Report of the Indian Hemp Drugs Commission, 1894-1895 - Volume VII
Year: 1894
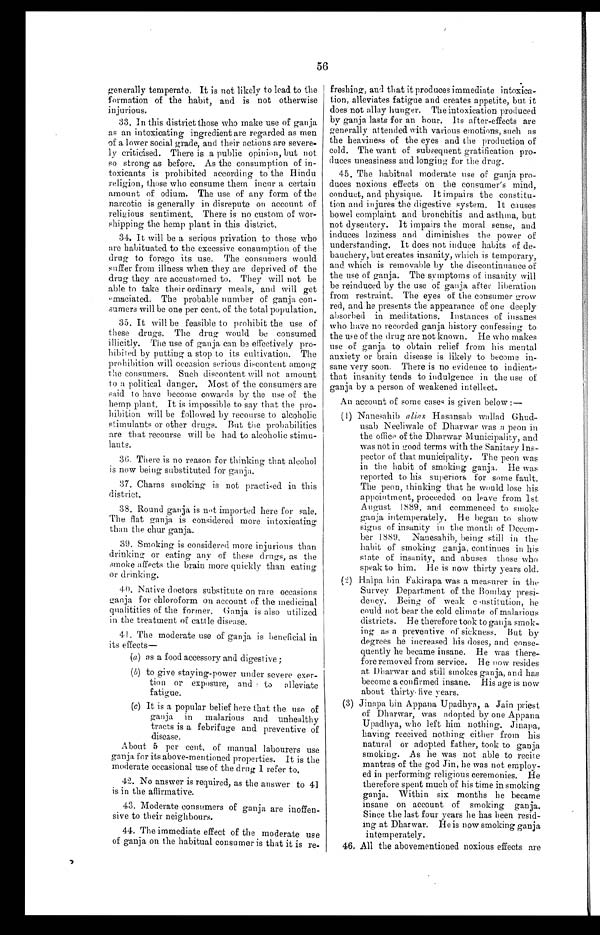
56
generally temperate. It is not likely to lead to the
formation of the habit, and is not otherwise
injurious.
33. In this district those who make use of ganja
as an intoxicating ingredient are regarded as men
of a lower social grade, and their actions are severe
- l y c r i t i c i s e d . T h e r e i s a p u b l i c o p i n i o n , b u t n o t
so strong as before. As the consumption of in
- t o x i c a n t s i s p r o h i b i t e d a c c o r d i n g t o t h e H i n d u
religion, those who consume them incur a certain
amount of odium. The use of any form of the
narcotic is generally in disrepute on account of
religious sentiment. There is no custom of wor
- s h i p p i n g t h e h e m p p l a n t i n t h i s d i s t r i c t .
34. It will be a serious privation to those who
ore habituated to the excessive consumption of the
drug to forego its use. The consumers would
suffer from illness when they are deprived of the
drug they are accustomed to. They will not be
able to take their ordinary meals, and will get
maciated. The probable number of ganja con
- s u m e r s w i l l b e o n e p e r c e n t . o f t h e t o t a l p o p u l a t i o n .
35. It will be feasible to prohibit the use of
these drugs. The drug would be consumed
illicitly. The use of ganja can be effectively pro
- h i b i t e d b y p u t t i n g a s t o p t o i t s c u l t i v a t i o n . T h e
prohibition will occasion serious discontent among
the consumers. Such discontent will not amount
to a political danger. Most of the consumers are
said to have become cowards by the use of the
hemp plant. It is impossible to say that the pro
- h i b i t i o n w i l l b e f o l l o w e d b y r e c o u r s e t o a l c o h o l i c
stimulants or other drugs. But the probabilities
are that recourse will be had to alcoholic stimu
- l a n t s .
36. There is no reason for thinking that alcohol
is now being substituted for ganja.
37. Charas smoking is not practised in this
district.
38. Round ganja is not imported here for sale.
The flat ganja is considered more intoxicating
than the chur ganja.
39. Smoking is considered more injurious than '
drinking or eating any of these drugs, as the
smoke affects the brain more quickly than eating
or drinking.
40. Native doctors substitute on rare occasions
ganja for chloroform on account of the medicinal
qualitities of the former. Ganja is also utilized
in the treatment of cattle disease.
41. The moderate use of ganja is beneficial in
its effects—
(a) as a food accessory and digestive ;
( b) to give staying-power under severe exer-
tion or exposure, and to alleviate
fatigue.
(c) It is a popular belief here that the use of
ganja in malarious and unhealthy
tracts is a febrifuge and preventive of
disease.
About 5 per cent. of manual labourers use
ganja for its above-mentioned properties. It is the
moderate occasional use of the drug I refer to.
42. No answer is required, as the answer to 41
is in the affirmative.
43. Moderate consumers of ganja are inoffen-
sive to their neighbours.
44. The immediate effect of the moderate use
of ganja on the habitual consumer is that it is re-
freshing, and that it produces immediate intoxica
- t i o n , a l l e v i a t e s f a t i g u e a n d c r e a t e s a p p e t i t e , b u t i t
does not allay hunger. The intoxication produced
by ganja lasts for an hour. Its after-effects are
generally attended with various emotions, such as
the heaviness of the eyes and the production of
cold. The want of subsequent gratification pro
- d u c e s u n e a s i n e s s a n d l o n g i n g f o r t h e d r u g .
45. The habitual moderate use of ganja pro-
duces noxious effects on the consumer's mind,
conduct, and physique. It impairs the constitu
- t i o n a n d i n j u r e s t h e d i g e s t i v e s y s t e m . I t c a u s e s
bowel complaint and bronchitis and asthma, but
not dysentery. It impairs the moral sense, and
induces laziness and diminishes the power of
understanding. It does not induce habits of de
- b a u c h e r y , b u t c r e a t e s i n s a n i t y , w h i c h i s t e m p o r a r y ,
and which is removable by the discontinuance of
the use of ganja. The symptoms of insanity will
be reinduced by the use of ganja after liberation
from restraint. The eyes of the consumer grow
red, and he presents the appearance of one deeply
absorbed in meditations. Instances of insanes
who have no recorded ganja history confessing to
the use of the drug are not known. He who makes
use of ganja to obtain relief from his mental
anxiety or brain disease is likely to become in
- s a n ev
e r y s o o n . T h e r e i s n o e v i d e n c e t o i n d i c a t e
that insanity tends to indulgence in the use of
ganja by a person of weakened intellect.
An account of some cases is given below :—
( 1 ) N a n e s a h i b a l i a s
Hasansab wallad Ghud
- u s a b N e e l i w a l e o f D h a r w a r w a s a p e o n i n
the office of the Dharwar Municipality, and
was not in good terms with the Sanitary Ins
- p e c t o r o f t h a t m u n i c i p a l i t y . T h e p e o n w a s
in the habit of smoking ganja. He was
reported to his superiors for some fault.
The peon, thinking that he would lose his
appointment, proceeded on leave from 1st
August 1889, and commenced to smoke
ganja intemperately. He began to show
signs of insanity in the month of Decem
- b e r
1 8 8 9 .N
a n e s a h i b , b e i n g s t i l l i n t h e
habit of smoking ganja, continues in his
state of insanity, and abuses those who
speak to him. He is now thirty years old.
(2) Haìpa bin Fakirapa was a measurer in the
Survey Department of the Bombay presi-
dency. Being of weak constitution, he
could not bear the cold climate of malarious
districts. He therefore took to ganja smok-
ing as a preventive of sickness. But by
degrees he increased his doses, and conse-
quently he became insane. He was there-
fore removed from service. He now resides
at Dharwar and still smokes ganja, and has
become a confirmed insane. His age is now
about thirty five years.
(3) Jinapa bin Appana Upadhya, a Jain priest
of Dharwar, was adopted by one Appana
Upadhya, who left him nothing. Jinapa,
having received nothing either from his
natural or adopted father, took to ga
n j a s m o k i n g . A s h e w a s n o t a b l e t o r e c i t e
mantras of the god Jin, he was not employ
- e d i n p e r f o r m i n g r e l i g i o u s c e r e m o n i e s . H e
therefore spent much of his time in smoking
ganja. Within six months he became
insane on account of smoking ganja.
Since the last four years he has been resid
- i n g a t D h a r w a r . H e i s n o w s m o k i n g g a n j a
intemperately.
46. All the abovementioned noxious effects are